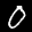
Label: 0